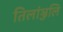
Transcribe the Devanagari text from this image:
तिलांञ्जलि